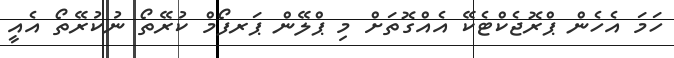
ހަމަ އެހެން ޕްރޮޖެކްޓެކޭ އެއްގޮތަށް މި ޕްލޭން ޕަރފޯމް ކުރޭތޯ ނުކުރޭތޯ އެއީ